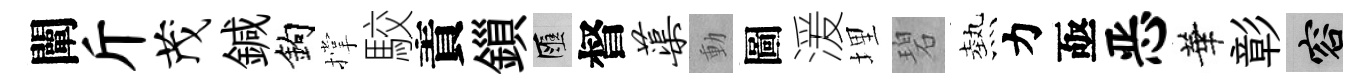
闡斤茂鍼鈎撑駮責鎻匯督蕖動圖湲埋碧熱力亟恶華彰容